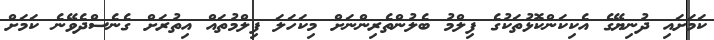
ކަމަށައި ދުނިޔޭގެ އެކިކަންކޮޅުތަކުގެ ފިލްމު ބެލުންތެރިންނަށް މިކަހަލަ ފިލްމުތައް އިތުރަށް ގެނެސްދެވޭނެ ކަމަށް